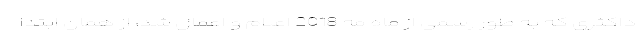
داکثری که به طور رسمی از ماه مه 2018 اعلام و اعمال شد، از همان ابتدا